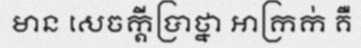
មាន សេចក្តីប្រាថ្នា អាក្រក់ គឺ